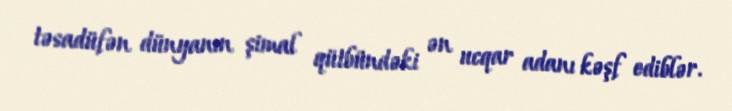
təsadüfən dünyanın şimal qütbündəki ən ucqar adanı kəşf ediblər.